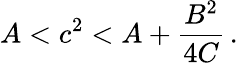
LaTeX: A<c^{2}<A+{\frac{B^{2}}{4C}}\, .